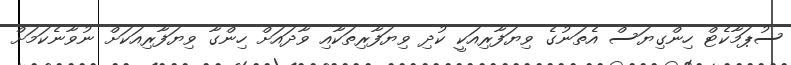
ސުޕަމާކެޓް ހިންގިޔަސް އެތަނުގެ ވިޔަފާރިއަކީ ކުދި ވިޔަފާރިތަކާއި ވާދައަށް ހިންގާ ވިޔަފާރިއަކަށް ނުވާނެކަމަށް